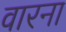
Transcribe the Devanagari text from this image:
वारना